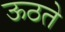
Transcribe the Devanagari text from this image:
ऊठते